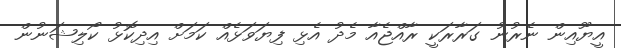
އީޔޫއިން ނެރުނު ގަރާރަކީ ރާއްޖެއާ މެދު އެޅި ފިޔަވަޅެއް ކަމަށް އިދިކޮޅު ކޯލިޝަނުން